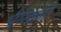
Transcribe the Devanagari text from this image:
प्रेरिकाएँ